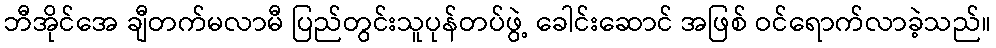
ဘီအိုင်အေ ချီတက်မလာမီ ပြည်တွင်းသူပုန်တပ်ဖွဲ့ ခေါင်းဆောင် အဖြစ် ဝင်ရောက်လာခဲ့သည်။